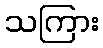
သကြား